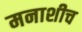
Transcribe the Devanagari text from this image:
मनाशीच